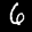
Label: 6